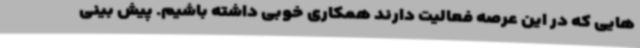
هایی که در این عرصه فعالیت دارند همکاری خوبی داشته باشیم. پیش بینی